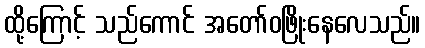
ထို့ကြောင့် သည်ကောင် အတော်ဝဖြိုးနေလေသည်။